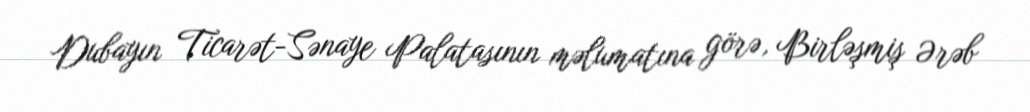
Dubayın Ticarət-Sənaye Palatasının məlumatına görə, Birləşmiş Ərəb